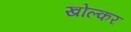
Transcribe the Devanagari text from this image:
खोल्कर